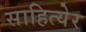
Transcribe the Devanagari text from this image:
साहित्येर